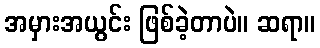
အမှားအယွင်း ဖြစ်ခဲ့တာပဲ။ ဆရာ။